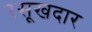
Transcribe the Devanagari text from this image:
रसूखदार